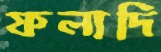
ফলাদি